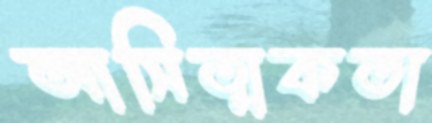
আসিত্মকতা